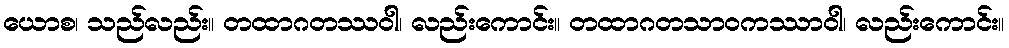
ယောစ၊ သည်လည်း။ တထာဂတဿဝါ၊ လည်းကောင်း။ တထာဂတသာဝကဿာဝါ၊ လည်းကောင်း။